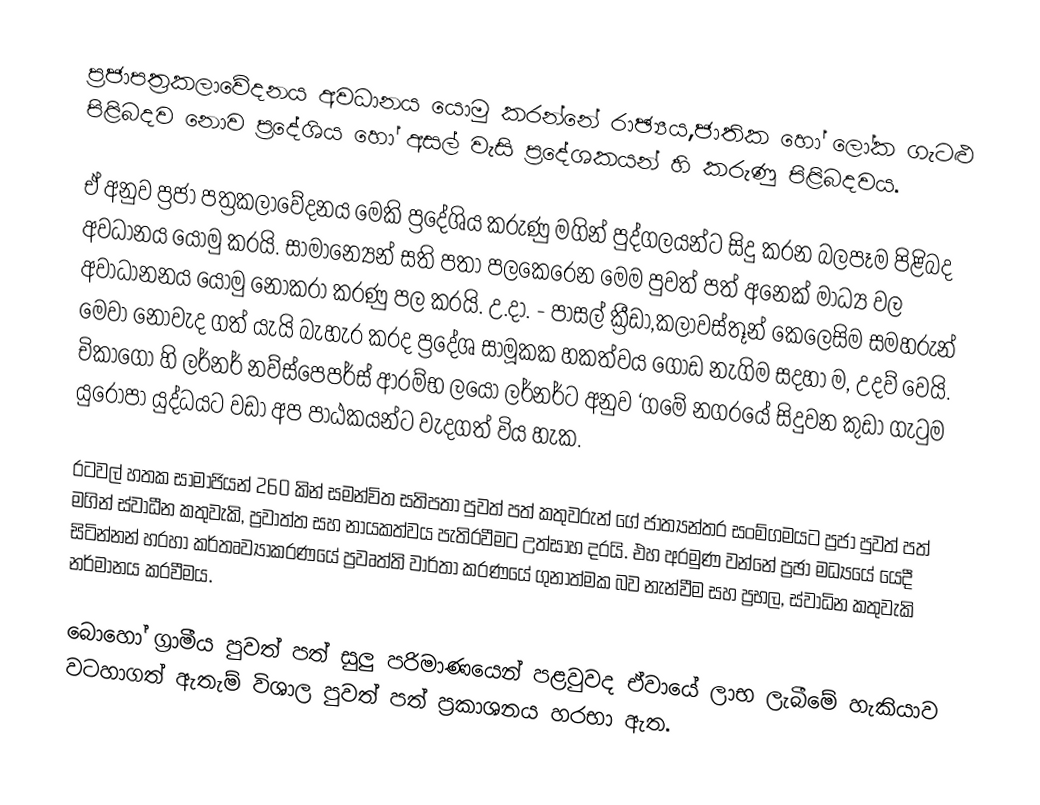
ප්‍රජාපත්‍රකලාවේදනය අවධානය යොමු කරන්නේ රාඡ්‍යය,ජාතික හෝ ලෝක ගැටළු පිළිබදව නොව ප්‍රදේශිය හෝ අසල් වැසි ප්‍රදේශකයන් හි කරුණු පිළිබදවය.

ඒ අනුව ප්‍රජා පත්‍රකලාවේදනය මෙකි ප්‍රදේශිය කරුණු මගින් පුද්ගලයන්ට සිදු කරන බලපෑම පිළිබද අවධානය යොමු කරයි. සාමාන්‍යෙන් සති පතා පලකෙරෙන මෙම පුවත් පත් අනෙක් මාධ්‍ය වල අවාධානනය යොමු නොකරා කරණු පල කරයි. උ.දා. - පාසල් ක්‍රීඩා,කලාවස්තූන් කෙලෙසිම සමහරුන් මෙවා නොවැද ගත් යැයි  බැහැර කරද ප්‍රදේශ සාමූකක හකත්වය ගොඩ නැගිම සදහා ම, උදව් වෙයි. චිකාගෝ හි ලර්නර් නව්ස්පෙපර්ස් ආරම්භ ලයෝ ලර්නර්ට අනුව ‘ගමේ නගරයේ සිදුවන කුඩා ගැටුම යුරෝපා යුද්ධයට වඩා අප පාඨකයන්ට වැදගත් විය හැක.

රටවල් හතක සාමාජියන් 260 කින් සමන්විත සතිපතා පුවත් පත් කතුවරුන් ගේ ජාත්‍යන්තර සංම්ගමයට ප්‍රජා පුවත් පත් මගින් ස්වාධීන කතුවැකි, ප්‍රවාත්ත සහ නායකත්වය පැතිරවීමට උත්සාහ දරයි. එහ අරමුණ වන්නේ ප්‍රඡා මධ්‍යයේ යෙදී සිටින්නන් හරහා කර්තෘව්‍යාකරණයේ ප්‍රවෘත්ති වාර්තා කරණයේ ගුනාත්මක බව නැන්වීම සහ ප්‍රභල, ස්වාධින කතුවැකි නර්මානය කරවීමය.

බොහෝ ග්‍රාමීය පුවත් පත් සුලු  පරිමාණයෙන් පළවුවද ඒවායේ ලාභ ලැබීමේ හැකියාව වටහාගත් ඇතැම් විශාල පුවත් පත් ප්‍රකාශනය හරභා ඇත.